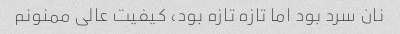
نان سرد بود اما تازه تازه بود، کیفیت عالی ممنونم